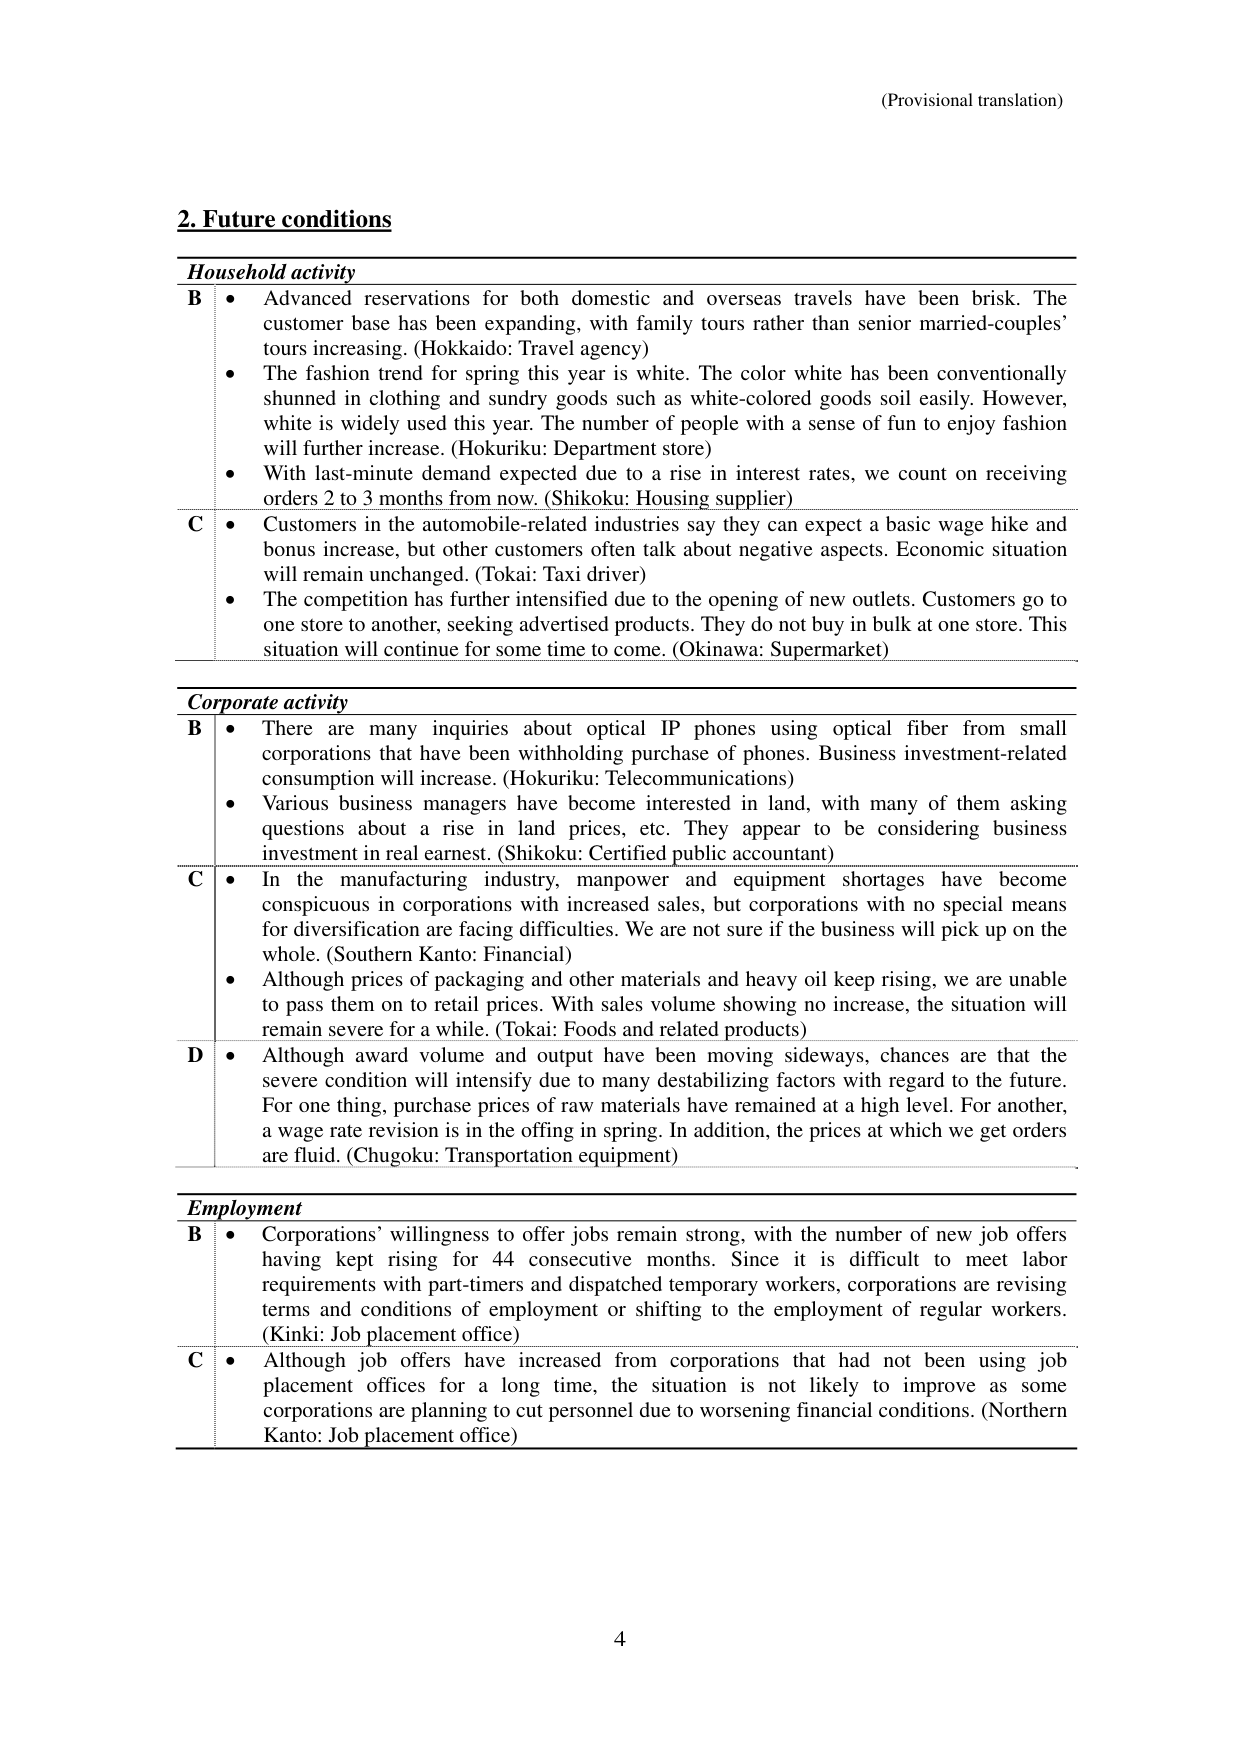
(Provisional translation)

2. Future conditions

Household activity

B • Advanced reservations for both domestic and overseas travels have been brisk. The customer base has been expanding, with family tours rather than senior married-couples’ tours increasing. (Hokkaido: Travel agency)
• The fashion trend for spring this year is white. The color white has been conventionally shunned in clothing and sundry goods such as white-colored goods soil easily. However, white is widely used this year. The number of people with a sense of fun to enjoy fashion will further increase. (Hokuriku: Department store)
• With last-minute demand expected due to a rise in interest rates, we count on receiving orders 2 to 3 months from now. (Shikoku: Housing supplier)

C • Customers in the automobile-related industries say they can expect a basic wage hike and bonus increase, but other customers often talk about negative aspects. Economic situation will remain unchanged. (Tokai: Taxi driver)
• The competition has further intensified due to the opening of new outlets. Customers go to one store to another, seeking advertised products. They do not buy in bulk at one store. This situation will continue for some time to come. (Okinawa: Supermarket)

Corporate activity

B • There are many inquiries about optical IP phones using optical fiber from small corporations that have been withholding purchase of phones. Business investment-related consumption will increase. (Hokuriku: Telecommunications)
• Various business managers have become interested in land, with many of them asking questions about a rise in land prices, etc. They appear to be considering business investment in real earnest. (Shikoku: Certified public accountant)

C • In the manufacturing industry, manpower and equipment shortages have become conspicuous in corporations with increased sales, but corporations with no special means for diversification are facing difficulties. We are not sure if the business will pick up on the whole. (Southern Kanto: Financial)
• Although prices of packaging and other materials and heavy oil keep rising, we are unable to pass them on to retail prices. With sales volume showing no increase, the situation will remain severe for a while. (Tokai: Foods and related products)

D • Although award volume and output have been moving sideways, chances are that the severe condition will intensify due to many destabilizing factors with regard to the future. For one thing, purchase prices of raw materials have remained at a high level. For another, a wage rate revision is in the offing in spring. In addition, the prices at which we get orders are fluid. (Chugoku: Transportation equipment)

Employment

B • Corporations’ willingness to offer jobs remain strong, with the number of new job offers having kept rising for 44 consecutive months. Since it is difficult to meet labor requirements with part-timers and dispatched temporary workers, corporations are revising terms and conditions of employment or shifting to the employment of regular workers. (Kinki: Job placement office)

C • Although job offers have increased from corporations that had not been using job placement offices for a long time, the situation is not likely to improve as some corporations are planning to cut personnel due to worsening financial conditions. (Northern Kanto: Job placement office)

4